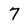
Character: 7